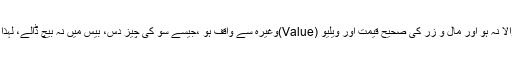
جو اپنے مال میں صحیح تصرّف کرنے کی صلاحیت رکھتا ہو،بے مقصد اشیاء میں پیسے لٹانے والا نہ ہو اور مال و زر کی صحیح قیمت اور ویلیو (Value)وغیرہ سے واقف ہو ،جیسے سو کی چیز دس، بیس میں نہ بیچ ڈالے، لہٰذا بے وقوف کا تصرّف اُس کے سرپرست کی اجازت کے بغیر درست نہیں اور نہ ہی نافذ العمل ہے۔